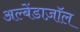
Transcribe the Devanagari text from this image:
अल्बेंडाज़ॉल